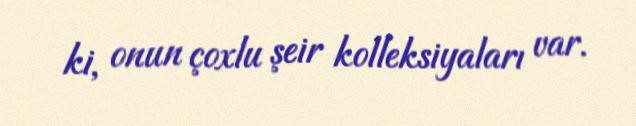
ki, onun çoxlu şeir kolleksiyaları var.